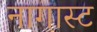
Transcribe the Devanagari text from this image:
नागास्ट